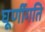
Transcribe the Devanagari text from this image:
घूर्णीगति